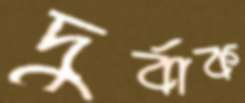
দুর্বাক